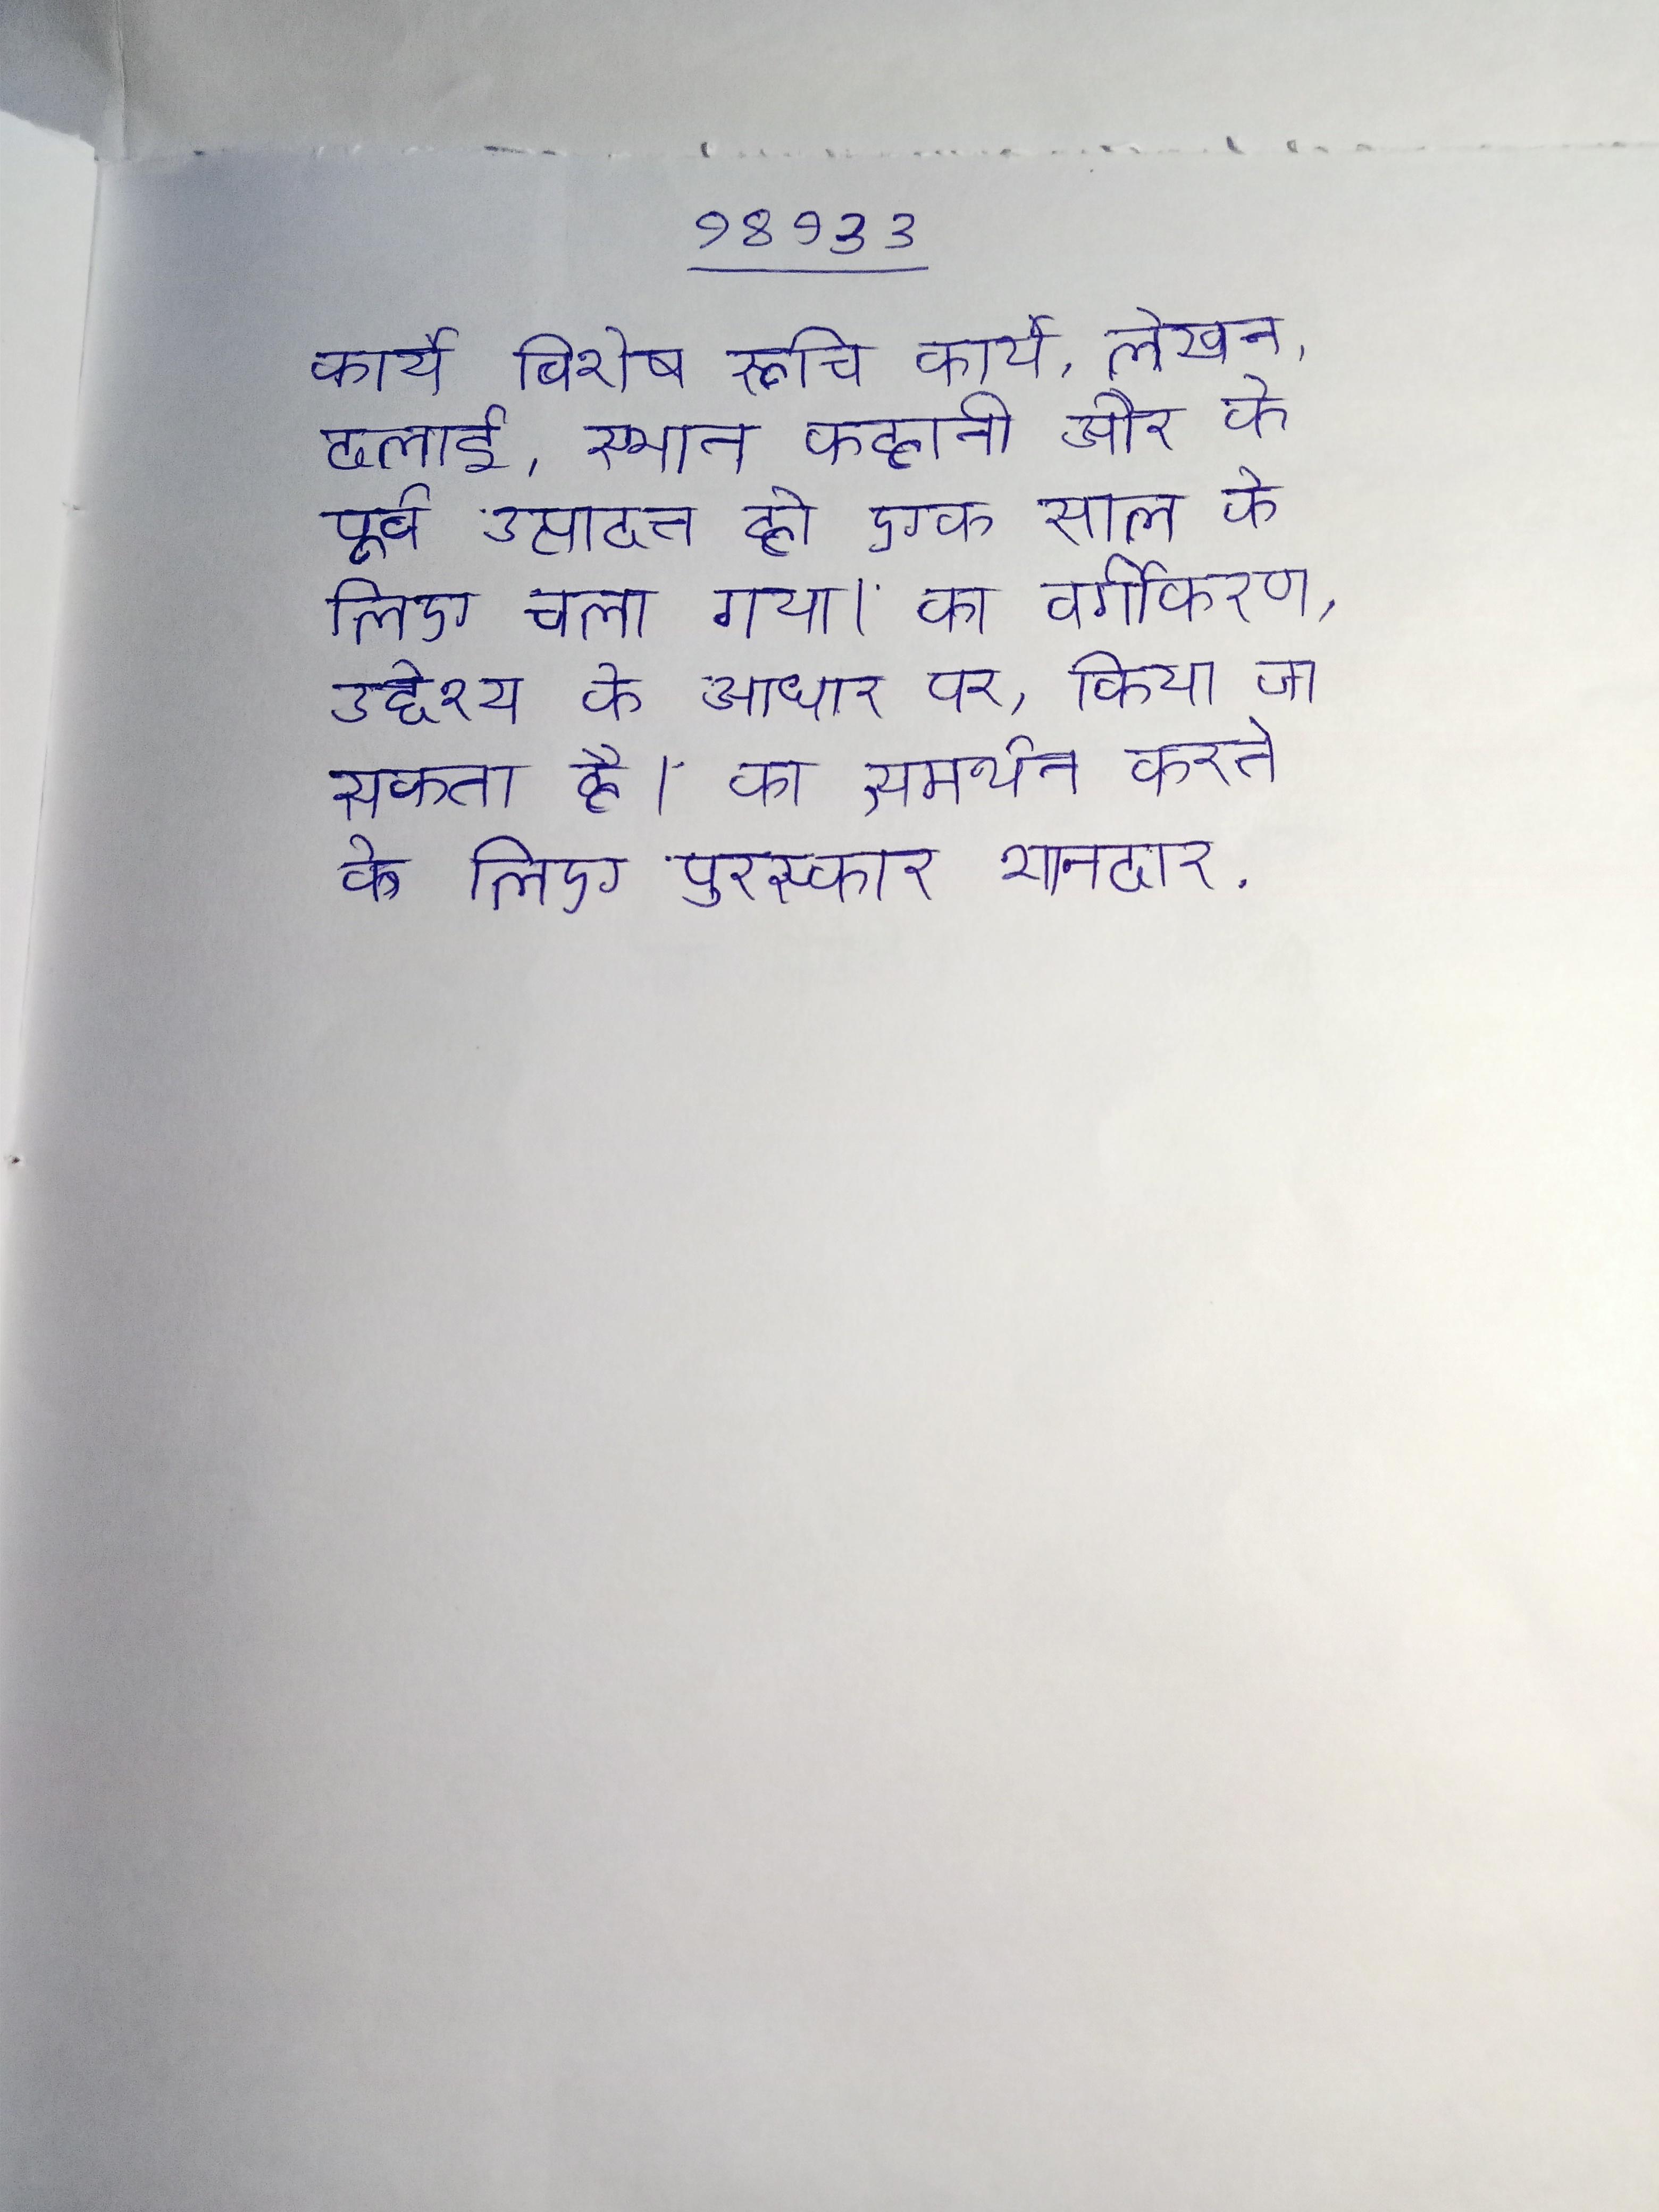
कार्य विशेष रूचि । कार्य, लेखन, ढलाई, स्थान कहानी और के पूर्व उत्पादन हो एक साल के लिए चला गया । का वर्गीकरण, उसकी प्रेरणा और उद्देश्य के आधार पर, किया जा सकता है । का समर्थन करने के लिए पुरस्कार शानदार .